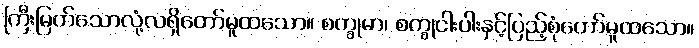
ကြီးမြတ်သောလုံ့လရှိတော်မူထသော။ စက္ခုမာ၊ စက္ခုငါးပါးနှင့်ပြည့်စုံတော်မူထသော။